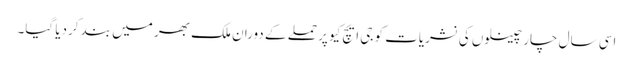
اسی سال چار چینلوں کی نشریات کو جی ایچ کیو پر حملے کے دوران ملک بھر میں بند کردیا گیا۔